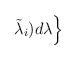
LaTeX: \begin{align*}\tilde \lambda_{i}) d \lambda \Bigr \}\end{align*}